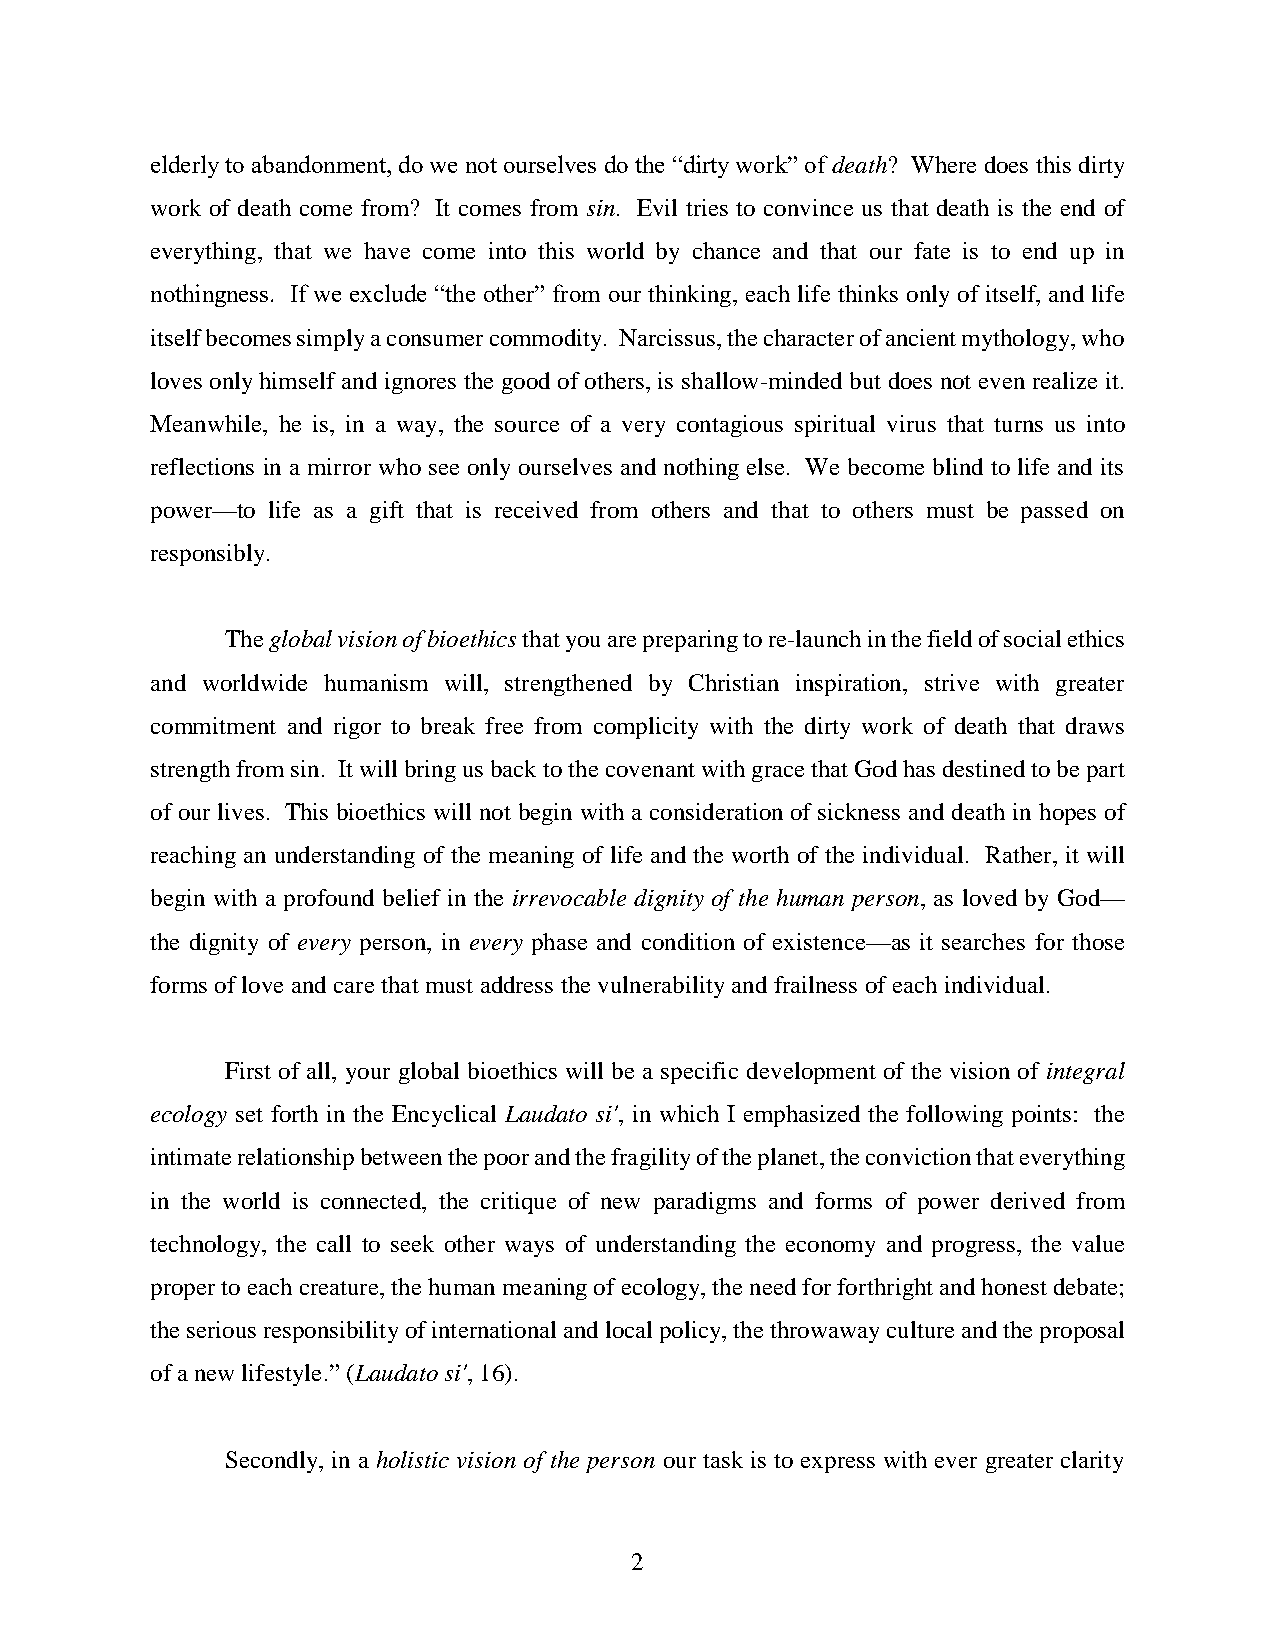
elderly to abandonment, do we not ourselves do the “dirty work” of death? Where does this dirty
 work of death come from? It comes from sin. Evil tries to convince us that death is the end of
 everything, that we have come into this world by chance and that our fate is to end up in
 nothingness. If we exclude “the other” from our thinking, each life thinks only of itself, and life
 itself becomes simply a consumer commodity. Narcissus, the character of ancient mythology, who
 loves only himself and ignores the good of others, is shallow-minded but does not even realize it.
 Meanwhile, he is, in a way, the source of a very contagious spiritual virus that turns us into
 reflections in a mirror who see only ourselves and nothing else. We become blind to life and its
 power—to life as a gift that is received from others and that to others must be passed on
 responsibly.
 The global vision of bioethics that you are preparing to re-launch in the field of social ethics
 and worldwide humanism will, strengthened by Christian inspiration, strive with greater
 commitment and rigor to break free from complicity with the dirty work of death that draws
 strength from sin. It will bring us back to the covenant with grace that God has destined to be part
 of our lives. This bioethics will not begin with a consideration of sickness and death in hopes of
 reaching an understanding of the meaning of life and the worth of the individual. Rather, it will
 begin with a profound belief in the irrevocable dignity of the human person, as loved by God—
 the dignity of every person, in every phase and condition of existence—as it searches for those
 forms of love and care that must address the vulnerability and frailness of each individual.
 First of all, your global bioethics will be a specific development of the vision of integral
 ecology set forth in the Encyclical Laudato si', in which I emphasized the following points: the
 intimate relationship between the poor and the fragility of the planet, the conviction that everything
 in the world is connected, the critique of new paradigms and forms of power derived from
 technology, the call to seek other ways of understanding the economy and progress, the value
 proper to each creature, the human meaning of ecology, the need for forthright and honest debate;
 the serious responsibility of international and local policy, the throwaway culture and the proposal
 of a new lifestyle.” (Laudato si', 16).
 Secondly, in a holistic vision of the person our task is to express with ever greater clarity
 2